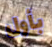
بأول